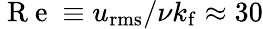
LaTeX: \mathrm{~R~e~}\equiv u_{\mathrm{rms}}/\nu k_{\mathrm{f}}\approx 30